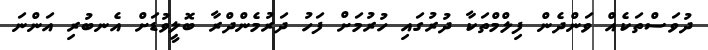
ދުވަސްތަކެއް ވަންދެން ފިލްމްތަކާ ދުރުގައި ހުރުމަށް ފަހު ދަރުމެންދްރާ ބޮލީވުޑަށް އެނބުރި އަންނަ